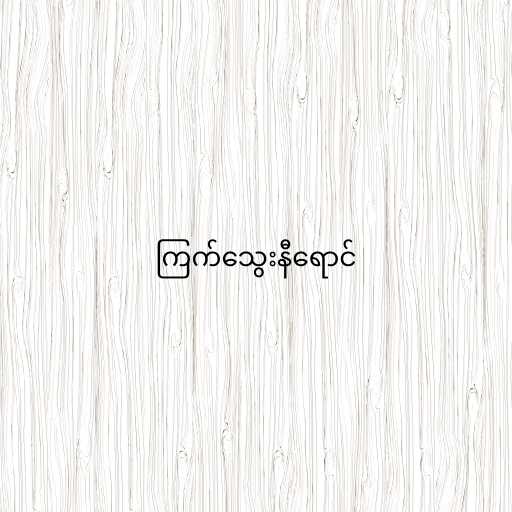
ကြက်သွေးနီရောင်